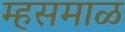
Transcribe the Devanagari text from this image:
म्हसमाळ